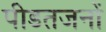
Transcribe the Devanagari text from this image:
पीडतजनों